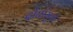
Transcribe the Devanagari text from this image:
दोघांमुळे